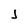
Character: j